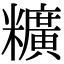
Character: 䊯